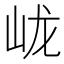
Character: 𱛓